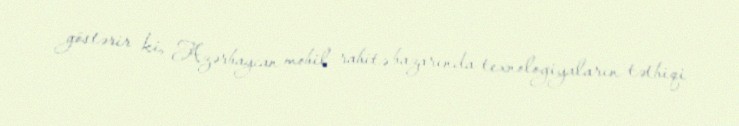
göstərir ki, Azərbaycan mobil rabitə bazarında texnologiyaların tətbiqi